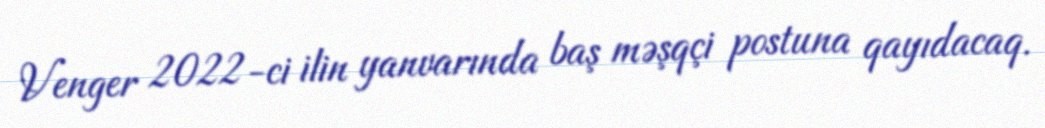
Venger 2022-ci ilin yanvarında baş məşqçi postuna qayıdacaq.